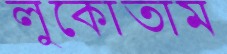
লুকোতাম